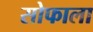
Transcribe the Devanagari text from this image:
सोफाला